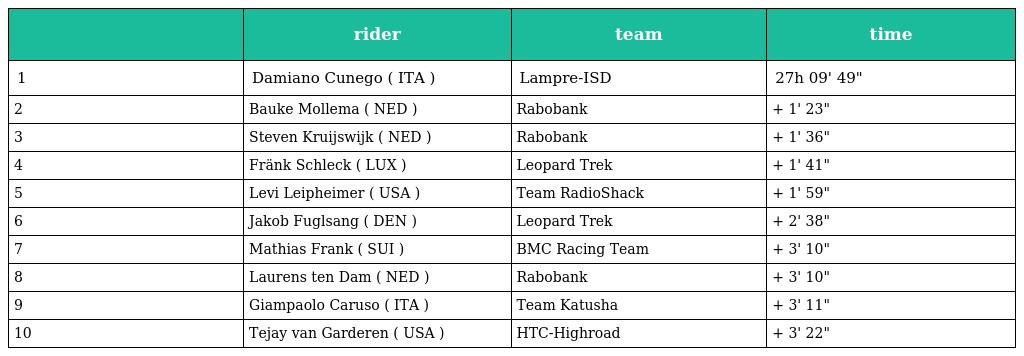
|  | rider | team | time |
 | --- | --- | --- | --- |
 | 1 | Damiano Cunego ( ITA ) | Lampre-ISD | 27h 09' 49" |
 | 2 | Bauke Mollema ( NED ) | Rabobank | + 1' 23" |
 | 3 | Steven Kruijswijk ( NED ) | Rabobank | + 1' 36" |
 | 4 | Fränk Schleck ( LUX ) | Leopard Trek | + 1' 41" |
 | 5 | Levi Leipheimer ( USA ) | Team RadioShack | + 1' 59" |
 | 6 | Jakob Fuglsang ( DEN ) | Leopard Trek | + 2' 38" |
 | 7 | Mathias Frank ( SUI ) | BMC Racing Team | + 3' 10" |
 | 8 | Laurens ten Dam ( NED ) | Rabobank | + 3' 10" |
 | 9 | Giampaolo Caruso ( ITA ) | Team Katusha | + 3' 11" |
 | 10 | Tejay van Garderen ( USA ) | HTC-Highroad | + 3' 22" |